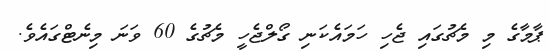
ޕާމާގެ މި މެޗުގައި ޖެހި ހަމައެކަނި ގޯލްޖެހީ މެޗުގެ 60 ވަނަ މިނެޓްގައެވެ.